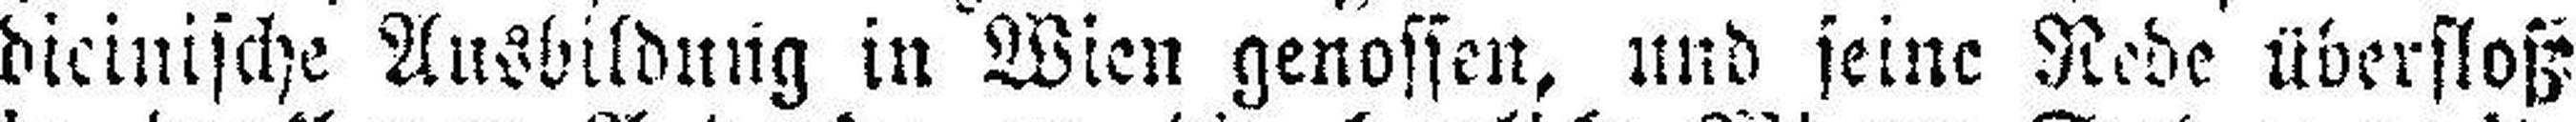
dicinische Ausbildung in Wien genossen, und seine Rede überfloß